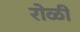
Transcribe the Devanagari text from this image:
रोळी